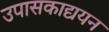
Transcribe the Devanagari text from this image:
उपासकाद्ययन